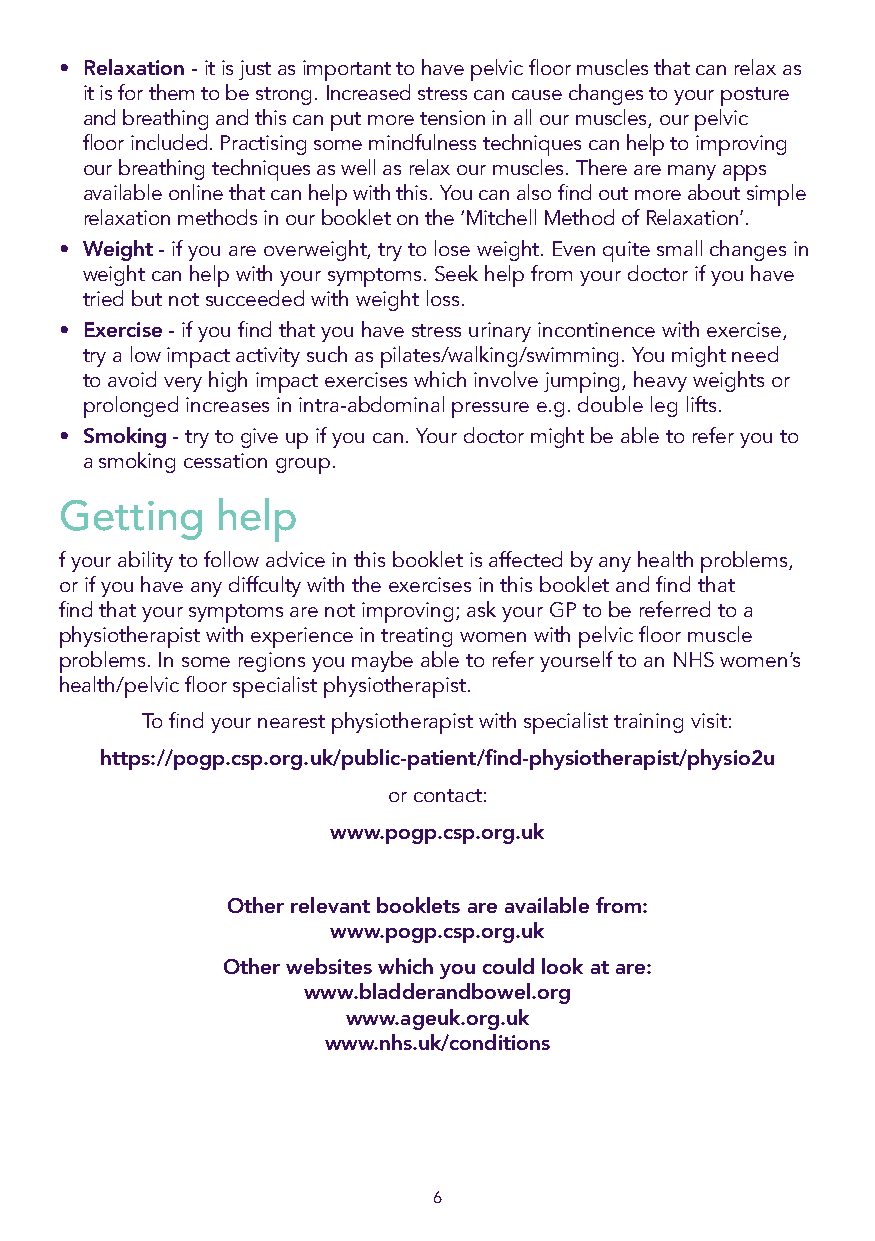
• Relaxation - it is just as important to have pelvic floor muscles that can relax as
 it is for them to be strong. Increased stress can cause changes to your posture
 and breathing and this can put more tension in all our muscles, our pelvic
 floor included. Practising some mindfulness techniques can help to improving
 our breathing techniques as well as relax our muscles. There are many apps
 available online that can help with this. You can also find out more about simple
 relaxation methods in our booklet on the ‘Mitchell Method of Relaxation’.
 • Weight - if you are overweight, try to lose weight. Even quite small changes in
 weight can help with your symptoms. Seek help from your doctor if you have
 tried but not succeeded with weight loss.
 • Exercise - if you find that you have stress urinary incontinence with exercise,
 try a low impact activity such as pilates/walking/swimming. You might need
 to avoid very high impact exercises which involve jumping, heavy weights or
 prolonged increases in intra-abdominal pressure e.g. double leg lifts.
 • Smoking - try to give up if you can. Your doctor might be able to refer you to
 a smoking cessation group.
 Getting   help
 f your ability to follow advice in this booklet is affected by any health problems,
 or if you have any diffculty with the exercises in this booklet and find that
 find that your symptoms are not improving; ask your GP to be referred to a
 physiotherapist with experience in treating women with pelvic floor muscle
 problems. In some regions you maybe able to refer yourself to an NHS women’s
 health/pelvic floor specialist physiotherapist.
 To find your nearest physiotherapist with specialist training visit:
 https://pogp.csp.org.uk/public-patient/find-physiotherapist/physio2u
 or contact:
 www.pogp.csp.org.uk
 Other relevant booklets are available from:
 www.pogp.csp.org.uk
 Other websites which you could look at are:
 www.bladderandbowel.org
 www.ageuk.org.uk
 www.nhs.uk/conditions
 6